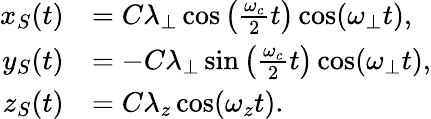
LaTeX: \begin{array}{rl}{x_{S}(t)}&{=C\lambda_{\perp}\cos\left(\frac{\omega_{c}}{2}t\right)\cos(\omega_{\perp}t),}\\ {y_{S}(t)}&{=-C\lambda_{\perp}\sin\left(\frac{\omega_{c}}{2}t\right)\cos(\omega_{\perp}t),}\\ {z_{S}(t)}&{=C\lambda_{z}\cos(\omega_{z}t).}\end{array}